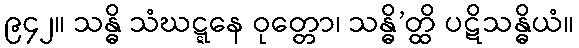
၉၄၂။ သန္ဓိ သံဃဋ္ဋနေ ဝုတ္တော၊ သန္ဓိ’တ္ထိ ပဋိသန္ဓိယံ။